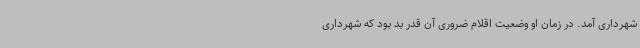
شهرداری آمد. در زمان او وضعیت اقلام ضروری آن قدر بد بود که شهرداری